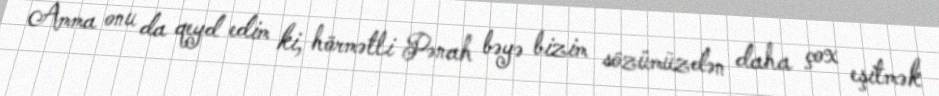
Amma onu da qeyd edim ki, hörmətli Pənah bəyə bizim sözümüzdən daha çox eşitmək